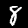
Digit: 8